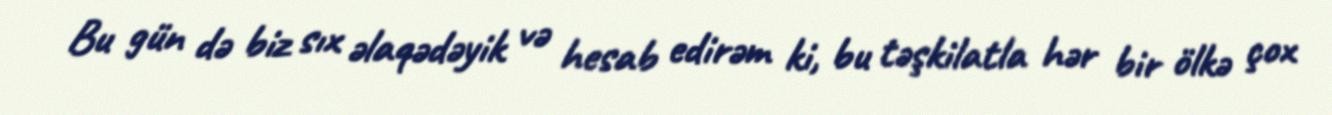
Bu gün də biz sıx əlaqədəyik və hesab edirəm ki, bu təşkilatla hər bir ölkə çox